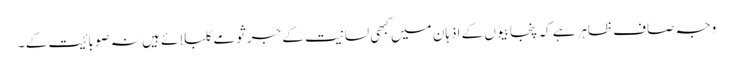
وجہ صاف ظاہرہے کہ پنجابیوں کے اذہان میں کبھی لسانیت کے جرثومے کلبلائے ہیں نہ صوبائیت کے ۔